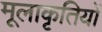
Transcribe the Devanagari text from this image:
मूलाकृतियों